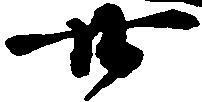
廿